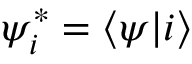
\psi _ { i } ^ { * } = \langle \psi | i \rangle